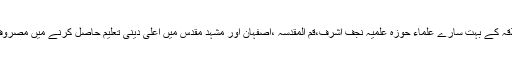
اس علاقہ کے بہت سارے علماء حوزہ علمیہ نجف اشرف،قم المقدسہ ،اصفہان اور مشہد مقدس میں اعلی دینی تعلیم حاصل کرنے میں مصروف ہیں ۔